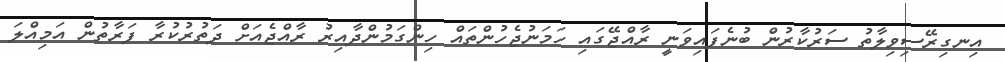
އިނގިރޭސިވިލާތު ސަރުކާރުން ބުނެފައިވަނީ ރާއްޖޭގައި ހަމަނުޖެހުންތައް ހިންގަމުންދާއިރު ރާއްޖެއަށް ދަތުރުކުރާ ފަރާތުން އަމިއްލަ